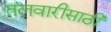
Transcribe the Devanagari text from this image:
तलवारीसाठी